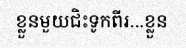
ខ្លួនមួយជិះទូកពីរ...ខ្លួន